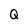
Character: Q